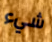
شيء